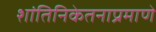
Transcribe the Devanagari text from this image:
शांतिनिकेतनाप्रमाणे